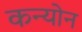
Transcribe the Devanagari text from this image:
कन्योन